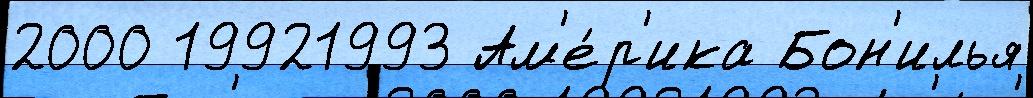
2000 19921993 Ам'е́р'ика Бон'илья